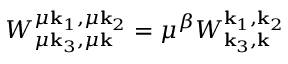
W _ { \mu { \bf k } _ { 3 } , \mu { \bf k } } ^ { \mu { \bf k } _ { 1 } , \mu { \bf k } _ { 2 } } = \mu ^ { \beta } W _ { { \bf k } _ { 3 } , { \bf k } } ^ { { \bf k } _ { 1 } , { \bf k } _ { 2 } }